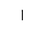
Letter: _alif